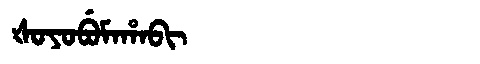
Manchu: ᡧᠣᠶᠣᠪᡠᠮᠠᡥᠠᠪᡳ
Romanization: ŠOYOBUMAHABI